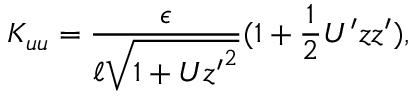
K _ { u u } = \frac { \epsilon } { \ell \sqrt { 1 + U { z ^ { \prime } } ^ { 2 } } } ( 1 + \frac { 1 } { 2 } U ^ { \prime } z z ^ { \prime } ) ,